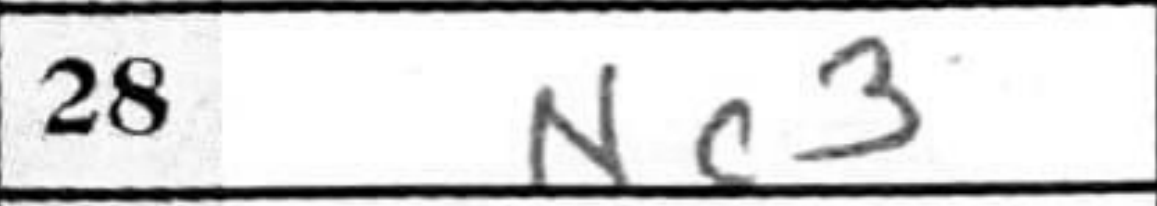
Transcription: Nc3